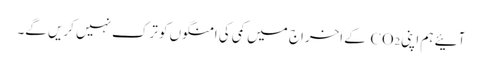
آئیے ہم اپنی CO₂ کے اخراج میں کمی کی امنگوں کو ترک نہیں کریں گے۔